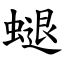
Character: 螁